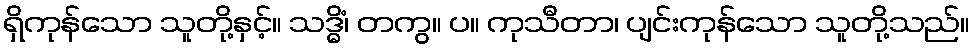
ရှိကုန်သော သူတို့နှင့်။ သဒ္ဓိံ၊ တကွ။ ပ။ ကုသီတာ၊ ပျင်းကုန်သော သူတို့သည်။